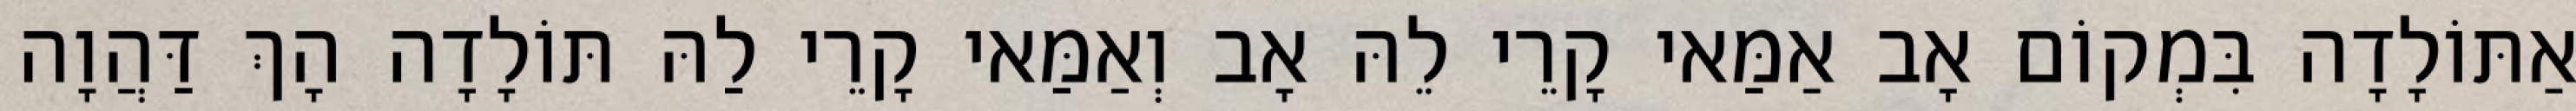
אַתּוֹלָדָה בִּמְקוֹם אָב אַמַּאי קָרֵי לֵהּ אָב וְאַמַּאי קָרֵי לַהּ תּוֹלָדָה הָךְ דַּהֲוָה